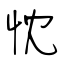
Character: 忱